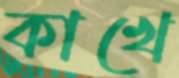
কাখে